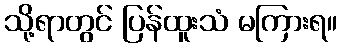
သို့ရာတွင် ပြန်ထူးသံ မကြားရ။